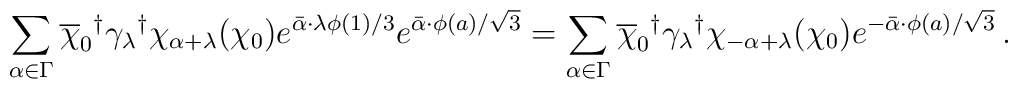
\sum_{\alpha\in\Gamma}{\overline\chi_0}^\dagger{\gamma_\lambda}^\dagger\chi_{\alpha+\lambda}(\chi_0)e^{\bar\alpha\cdot\lambda\phi(1)/3}e^{\bar\alpha\cdot\phi(a)/\sqrt 3}=\sum_{\alpha\in\Gamma}{\overline\chi_0}^\dagger{\gamma_\lambda}^\dagger\chi_{-\alpha+\lambda}(\chi_0)e^{-\bar\alpha\cdot\phi(a)/\sqrt 3}\,.